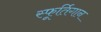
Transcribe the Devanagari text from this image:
स्फूर्तिगान